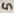
Text: 5